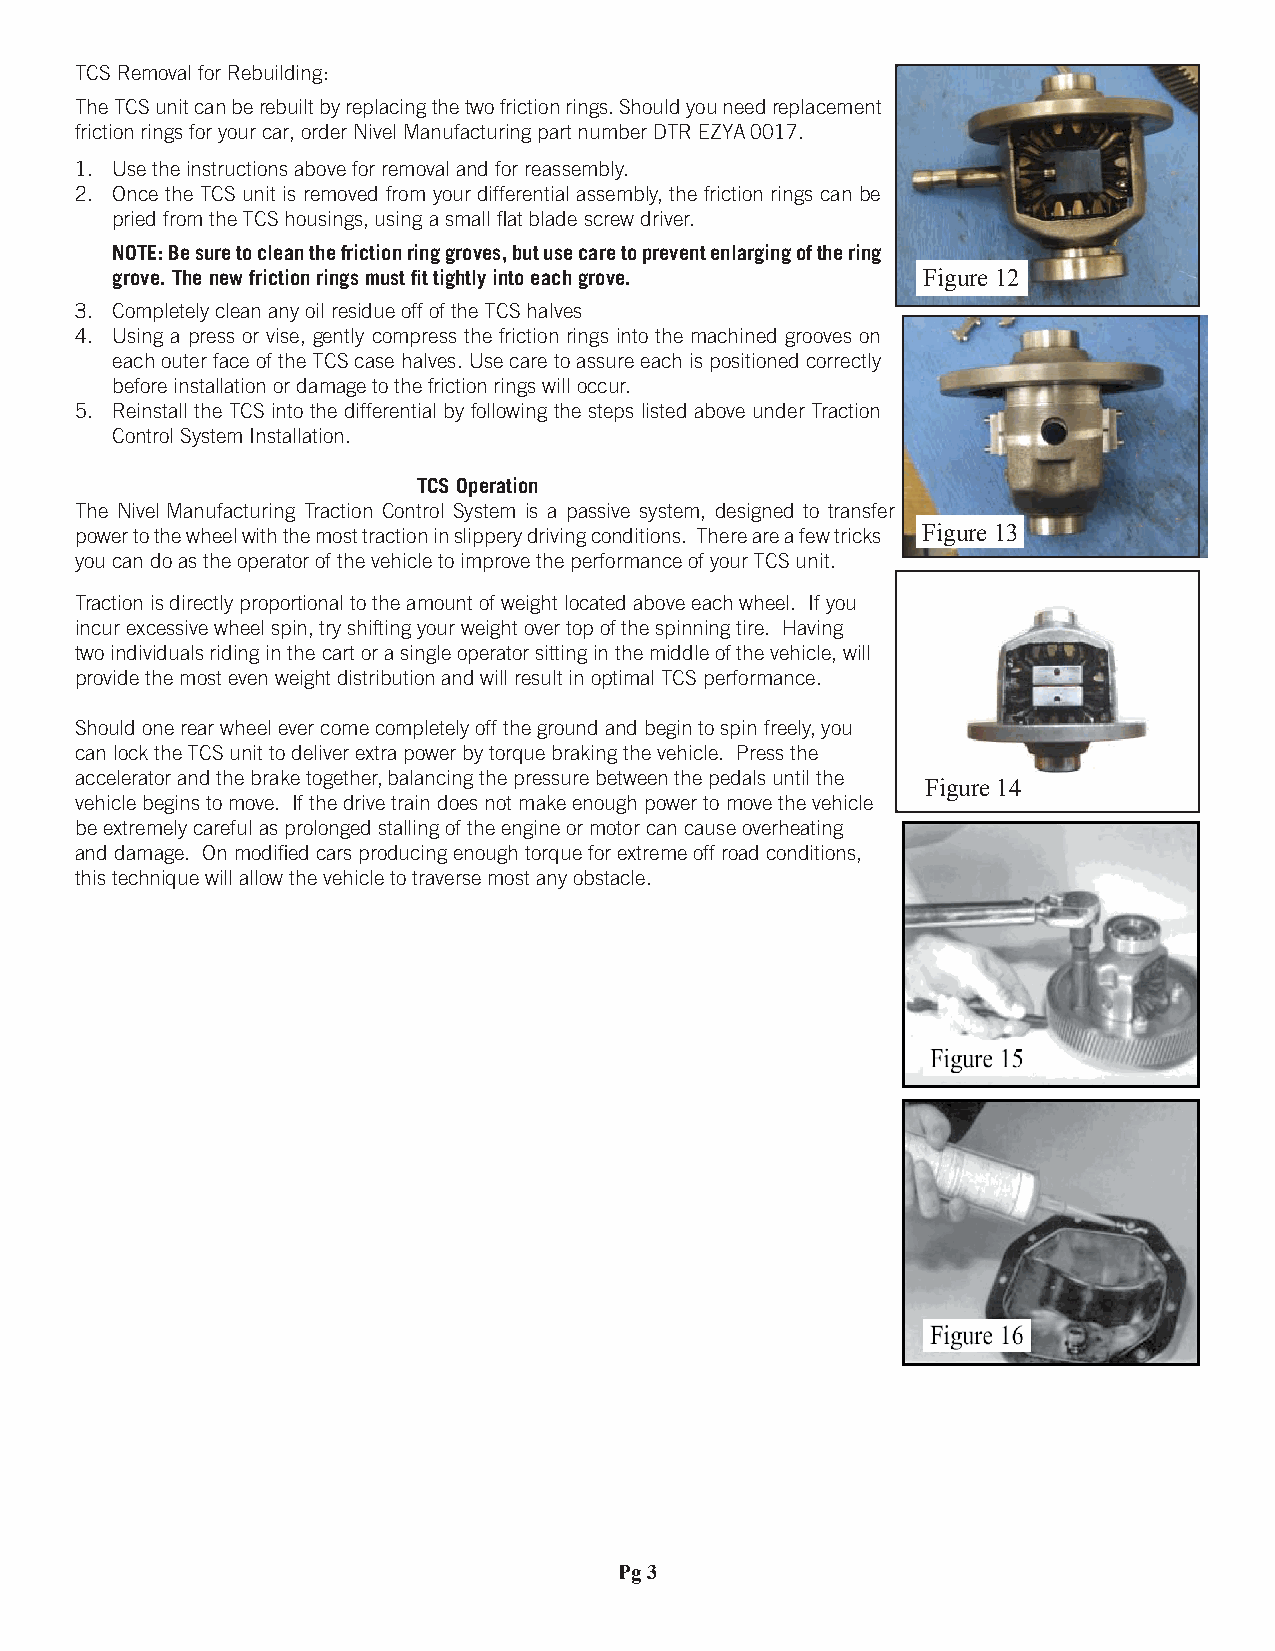
TCS Removal for Rebuilding:
 The TCS unit can be rebuilt by replacing the two friction rings. Should you need replacement
 friction rings for your car, order Nivel Manufacturing part number DTR EZYA 0017.
 1. Use the instructions above for removal and for reassembly.
 2. Once the TCS unit is removed from your differential assembly, the friction rings can be
 pried from the TCS housings, using a small fl at blade screw driver.
 NOTE: Be sure to clean the friction ring groves, but use care to prevent enlarging of the ring
 grove. The new friction rings must fi t tightly into each grove. Figure 12
 3. Completely clean any oil residue off of the TCS halves
 4. Using a press or vise, gently compress the friction rings into the machined grooves on
 each outer face of the TCS case halves. Use care to assure each is positioned correctly
 before installation or damage to the friction rings will occur.
 5. Reinstall the TCS into the differential by following the steps listed above under Traction
 Control System Installation.
 TCS Operation
 The Nivel Manufacturing Traction Control System is a passive system, designed to transfer
 power to the wheel with the most traction in slippery driving conditions. There are a few tricks Figure 13
 you can do as the operator of the vehicle to improve the performance of your TCS unit.
 Traction is directly proportional to the amount of weight located above each wheel. If you
 incur excessive wheel spin, try shifting your weight over top of the spinning tire. Having
 two individuals riding in the cart or a single operator sitting in the middle of the vehicle, will
 provide the most even weight distribution and will result in optimal TCS performance.
 Should one rear wheel ever come completely off the ground and begin to spin freely, you
 can lock the TCS unit to deliver extra power by torque braking the vehicle. Press the
 accelerator and the brake together, balancing the pressure between the pedals until the
 Figure 14
 vehicle begins to move. If the drive train does not make enough power to move the vehicle
 be extremely careful as prolonged stalling of the engine or motor can cause overheating
 and damage. On modifi ed cars producing enough torque for extreme off road conditions,
 this technique will allow the vehicle to traverse most any obstacle.
 Pg 3